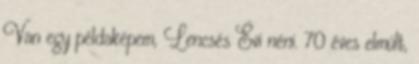
Van egy példaképem, Lencsés Évi néni. 70 éves elmúlt,